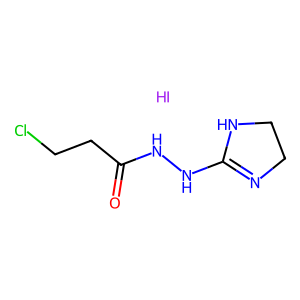
SMILES: I.O=C(CCCl)NNC1=NCCN1
Inhibits HIV replication: No